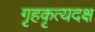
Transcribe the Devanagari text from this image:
गृहकृत्यदक्ष